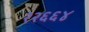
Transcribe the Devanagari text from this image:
२२६६४